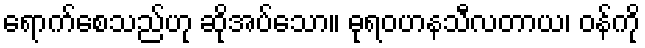
ရောက်စေသည်ဟု ဆိုအပ်သော။ ဓုရဝဟနသီလတာယ၊ ဝန်ကို